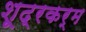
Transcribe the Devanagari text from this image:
शूद्रकर्म